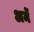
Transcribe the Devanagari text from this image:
अर्मे